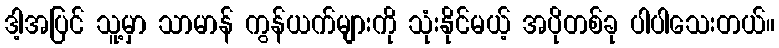
ဒါ့အပြင် သူ့မှာ သာမာန် ကွန်ယက်များကို သုံးနိုင်မယ့် အပိုတစ်ခု ပါပါသေးတယ်။